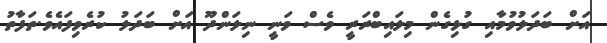
އަށް ބަދަލުވުމާއި ގުޅިގެން މިލައިބްރަރީ ވެސް ވަނީ ނިލަންދޫ އަށް ބަދަލު ކުރެވިފައެވެ.ތަފާތު